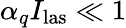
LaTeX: \alpha_{q}I_{\mathrm{las}}\ll 1